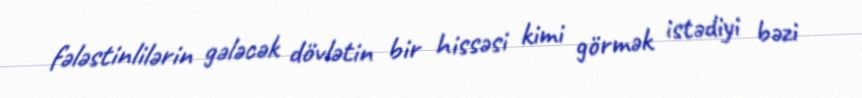
fələstinlilərin gələcək dövlətin bir hissəsi kimi görmək istədiyi bəzi